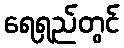
ရေရှည်တွင်